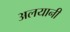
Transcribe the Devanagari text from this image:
अलयानी